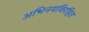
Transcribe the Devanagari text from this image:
अभिनयविरहित